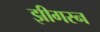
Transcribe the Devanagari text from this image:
झीगरन